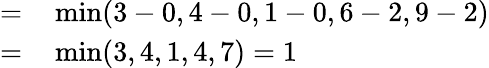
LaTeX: \begin{array}{rl}{=}&{{}\operatorname*{min}(3-0,4-0,1-0,6-2,9-2)}\\ {=}&{{}\operatorname*{min}(3,4,1,4,7)=1}\end{array}